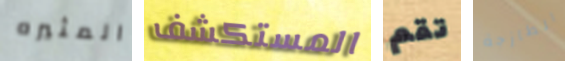
المثيره المستكشف تقم الطازجة